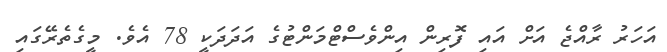
އަހަރު ރާއްޖެ އަށް އައި ފޮރިން އިންވެސްޓްމަންޓުގެ އަދަދަކީ 78 އެވެ. މީގެތެރޭގައި